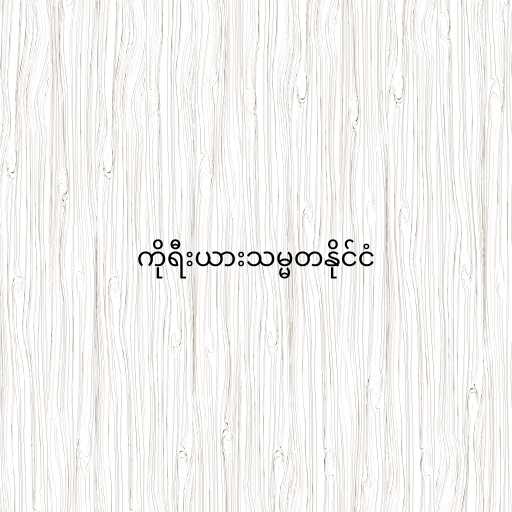
ကိုရီးယားသမ္မတနိုင်ငံ